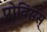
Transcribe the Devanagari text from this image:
प्रोविंसेस्